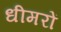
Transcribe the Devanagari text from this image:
धीमरों